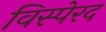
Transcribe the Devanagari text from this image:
विस्पेरद